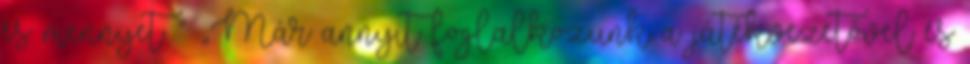
és mennyet ” „Már annyit foglalkozunk a játékvezetővel és